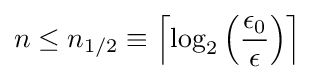
n\leq n_{1/2}\equiv \left\lceil \log _{2}\left({\frac {\epsilon _{0}}{\epsilon }}\right)\right\rceil